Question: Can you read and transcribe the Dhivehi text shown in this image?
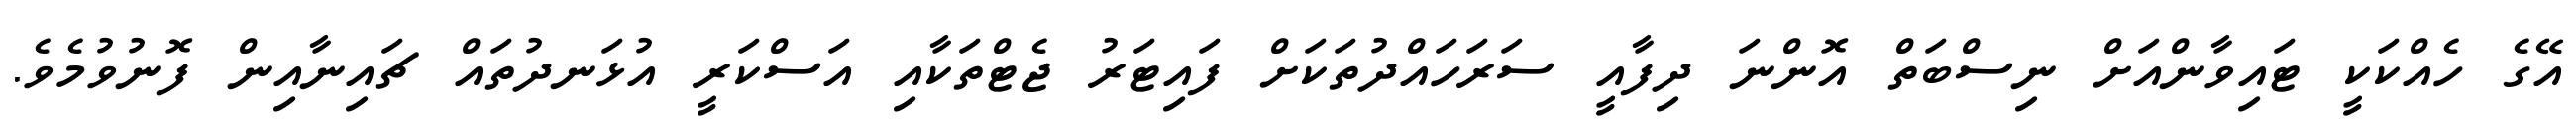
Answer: އޭގެ ހެއްކަކީ ޓައިވާންއަށް ނިސްބަތް އޮންނަ ދިފާއީ ސަރަހައްދުތަކަށް ފައިޓަރު ޖެޓްތަކާއި އަސްކަރީ އުޅަނދުތައް ޗައިނާއިން ފޮނުވުމެވެ.